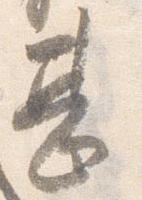
甚